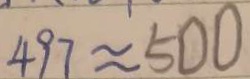
4 9 7 \approx 5 0 0